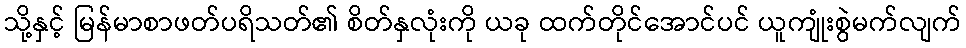
သို့နှင့် မြန်မာစာဖတ်ပရိသတ်၏ စိတ်နှလုံးကို ယခု ထက်တိုင်အောင်ပင် ယူကျုံးစွဲမက်လျက်